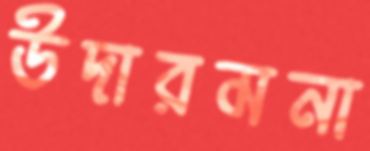
উদারমনা